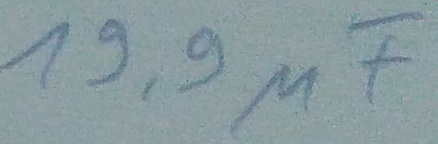
Text: 19,9µF